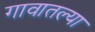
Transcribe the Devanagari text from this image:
गावातल्‍या